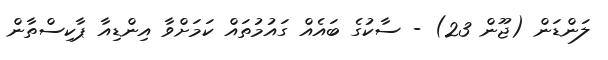
ލަންޑަން (ޖޫން 23) - ސާކުގެ ބައެއް ގައުމުތައް ކަމަށްވާ އިންޑިއާ ޕާކިސްތާން